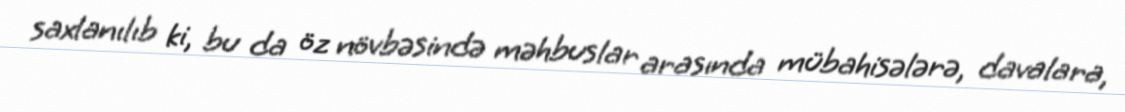
saxlanılıb ki, bu da öz növbəsində məhbuslar arasında mübahisələrə, davalara,